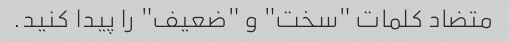
متضاد کلمات "سخت" و "ضعیف" را پیدا کنید.